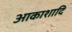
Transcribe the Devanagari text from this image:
आकाशादि